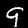
Digit: 9